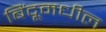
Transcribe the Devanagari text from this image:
बिंदूमधील